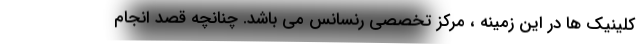
کلینیک ها در این زمینه ، مرکز تخصصی رنسانس می باشد. چنانچه قصد انجام